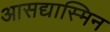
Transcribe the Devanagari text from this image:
आसद्यास्मिन